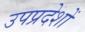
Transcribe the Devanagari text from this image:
उपप्रदेशों